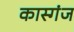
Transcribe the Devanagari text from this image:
कास्गंज